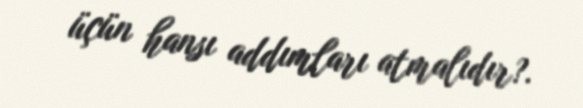
üçün hansı addımları atmalıdır?.